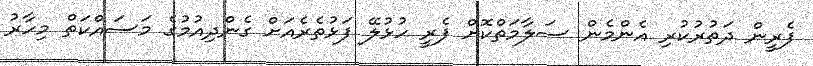
ފެރީން ދަތުރުކުރި އެންމެން ސަލާމަތްކޮށް ފެރީ ހުޅުލޭ ފަޅުތެރެއަށް ގެންދިއުމުގެ މަސައްކަތް މިހާރު